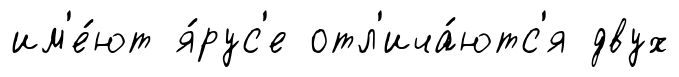
им'е́ют я́рус'е отл'ича́ютс'я двух